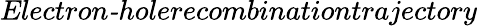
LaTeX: \textit{Electron-holerecombinationtrajectory}